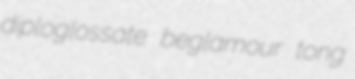
diploglossate beglamour tong